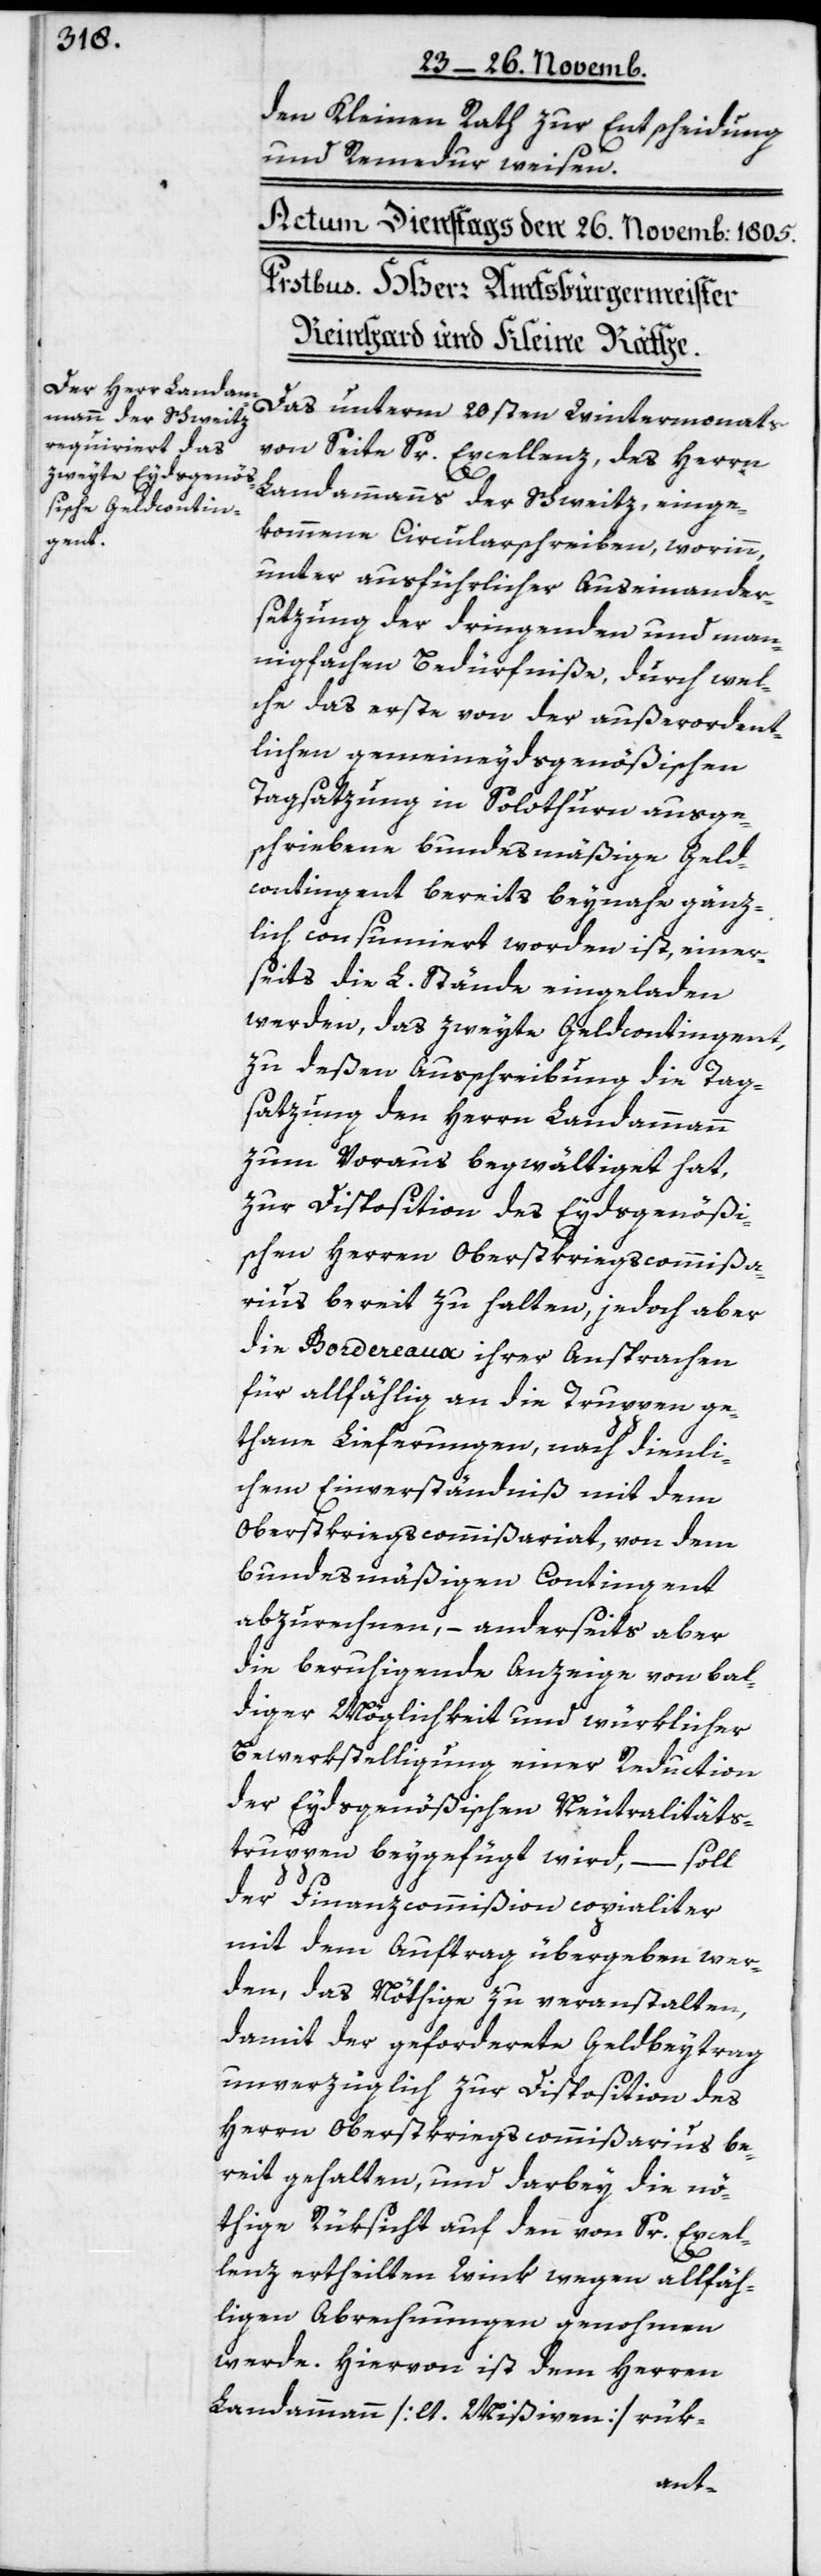
den Kleinen Rath zur Entscheidung
und Remedur weisen.
Das unterm 20sten Wintermonats
von Seite Sr. Excellenz, des Herrn
Landammanns der Schweitz, einge¬
kommene Circularschreiben, worinn,
unter ausführlicher Auseinander¬
setzung der dringenden und man¬
nigfachen Bedürfniße, durch wel¬
che das erste von der außerordent¬
lichen gemeineydsgenößischen
Tagsatzung in Solothurn ausge¬
schriebene bundesmäßige Geld¬
contingent bereits beynahe gänz¬
lich consumiert worden ist, einer¬
seits die L. Stände eingeladen
werden, das zweyte Geldcontingent,
zu deßen Ausschreibung die Tag¬
satzung den Herren Landammann
zum Voraus begwältiget hat,
zur Disposition des Eydsgenößi¬
schen Herren Oberstkriegscommißa¬
rius bereit zu halten, jedoch aber
die Bordereaux ihrer Ansprachen
für allfählig an die Truppen ge¬
thane Lieferungen, nach dienli¬
chem Einverständniß mit dem
Oberstkriegscommißariat, von dem
bundesmäßigen Contingent
abzurechnen, – anderseits aber
die beruhigende Anzeige von bal¬
diger Möglichkeit und würklicher
Bewerkstelligung einer Reduction
der Eydsgenößischen Neutralitäts¬
truppen beygefügt wird, – soll
der Finanzcommißion copialiter
mit dem Auftrag übergeben wer¬
den, das Nöthige zu veranstalten,
damit der geforderte Geldbeytrag
unverzüglich zur Disposition des
Herrn Oberstkriegscommißarius be¬
reit gehalten, und darbey die nö¬
thige Rüksicht auf den von Sr. Excel¬
lenz ertheilten Wink wegen allfäh¬
ligen Abrechnungen genohmen
werde. Hiervon ist dem Herren
Landammann [lt. Mißiven] rük-